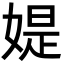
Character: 媞